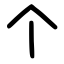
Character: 个